Vaccination in the Punjab 1867-1880 - 1867-1880
Year: 1867
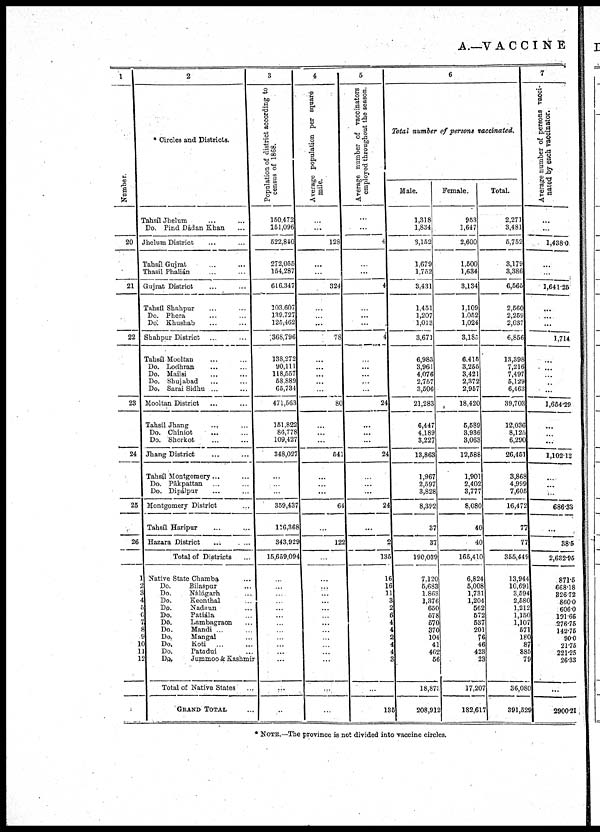
A.-VACCI N E
1
Number.
20
21
22
23
24
25
26
1
2
3
4
5
6
7.
8
9
10
11
12
2
* Circles and Districts.
Tahsíl Jhelum ... ...
Do. Pind Dádan Khan ...
Jhelum District ... ...
Tahsíl Gujrat ... ...
Thasíl Phalián ... ...
Gujrat District ... ...
Tahsíl Shahpur ... ...
Do. Phera ... ...
Do. Khushab ... ...
Shahpur District
...
...
Tahsíl Mooltan ... ...
Do. Lodhran ... ...
Do. Mailsi ... ...
Do. Shujabad ... ...
Do. Sarai Sidhu ... ...
Mooltan District ... ...
Tahsíl Jhang ... ...
Do. Cbiniot ... ...
Do. Shorkot ... ...
Jhang District ... ...
Tahsíl Moptgoroery ... ...
Do. Pákpattan ... ...
Do. Dipálpur ... ...
Montgomery District ... ...
Tahsíl Haripur ... ...
Hazara District ... ...
Total of Districts ...
Native State Chamba ... ...
Do.
Bilaspur ... ...
Do.
Nálágarh ... ...
Do.
Keonthal ... ...
Do.
Nadnun ... ...
Do.
Patiála ... ...
Do.
Lambagraon ...
Do.
Mandi ... ...
Do.
Mangal ... ...
Do.
Koti ... ...
Do.
Patadui ... ...
Do.
Jummoo & Kasbmir
Total of Native States ... ...
GRAND TOTAL ...
3
Population of district according to
census of 1868.
150,472
151,096
522,840
272,055
154,287
616,347
103,607
139,727
125,452
368,796
138,272
90.111
118,557
58,889
65,734
471,563
151,822
86,778
109,427
348,027
...
...
...
359,437
116,368
343,929
15,659,094
...
...
...
...
...
...
...
...
...
...
...
...
...
...
4
Average population per square
mile.
...
...
128
...
...
324
...
...
...
78
...
...
...
...
...
80
...
...
...
541
...
...
...
64
...
122
...
...
...
...
...
...
...
...
...
...
...
...
...
...
...
5
Average number of vaccinators
employed throughout the season.
...
...
4
...
...
4
...
...
...
4
...
...
...
...
...
24
...
...
...
24
...
...
...
24
...
2
135
16
16
11
3
2
6
4
4
2
4
4
3
...
135
6
Total number of persons vaccinated.
Male.
1,318
1,834
3,152
1,679
1,752
3,431
1,451
1,207
1,013
3,671
6,983
3,961
4,076
2,757
3,506
21,283
6,447
4,189
3,227
13,863
1,967
2,597
3,828
8,392
37
37
190,039
7,120
5,683
1,863
1,376
650
578
570
370
104
41
462
56
18,873
208,912
Female.
9563
1,647
2,600
1,500
1,634
3,134
1,109
1,052
1,024
3,180
6,415
3,255
3,421
2,372
2,957
18,420
5,589
3,936
3,063
12,588
1,901
2,402
3,777
8,080
40
40
165,410
6,824
5,008
1,731
1,204
562
572
537
201
76
46
423
23
17,207
182,617
Total.
2,271
3,481
5,752
3,179
3,386
6,565
2,560
2,259
2,037
6,856
13,398
7,216
7,497
5,129
6,463
39,703
12,036
8,125
6,290
26,451
3,868
4,999
7,605
16,472
77
77
355,449
13,944
10,691
3,594
2,580
1,212
1,150
1,107
571
180
87
885
79
36,080
391,529
7
Average number of persons vacci-
nated by each vaccinator.
...
...
1,438.0
...
...
1,641.25
...
...
...
1,714
...
...
...
...
...
1,654.29
...
...
...
1,102.12
...
...
...
686.33
...
38.5
2,632.95
871.5
668.18
826.72
860.0
606.0
191.66
276.75
142.75
90.0
21.75
221.25
26.33
...
2900.21
* NOTE.—The province is not divided into vaccine circles.